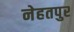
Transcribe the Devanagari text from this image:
नेहतपुर